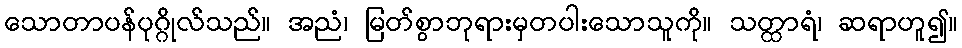
သောတာပန်ပုဂ္ဂိုလ်သည်။ အညံ၊ မြတ်စွာဘုရားမှတပါးသောသူကို။ သတ္ထာရံ၊ ဆရာဟူ၍။